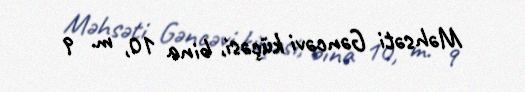
Məhsəti Gəncəvi küçəsi, bina 10, m. 9